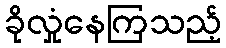
ခိုလှုံနေကြသည့်